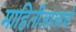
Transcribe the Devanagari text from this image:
माहितीजालाचे